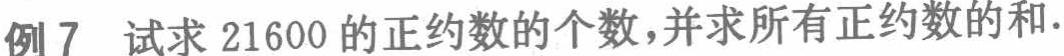
例7 试求$21600$的正约数的个数,并求所有正约数的和.